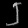
Digit: ၂